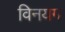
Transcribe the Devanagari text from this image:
विनयग